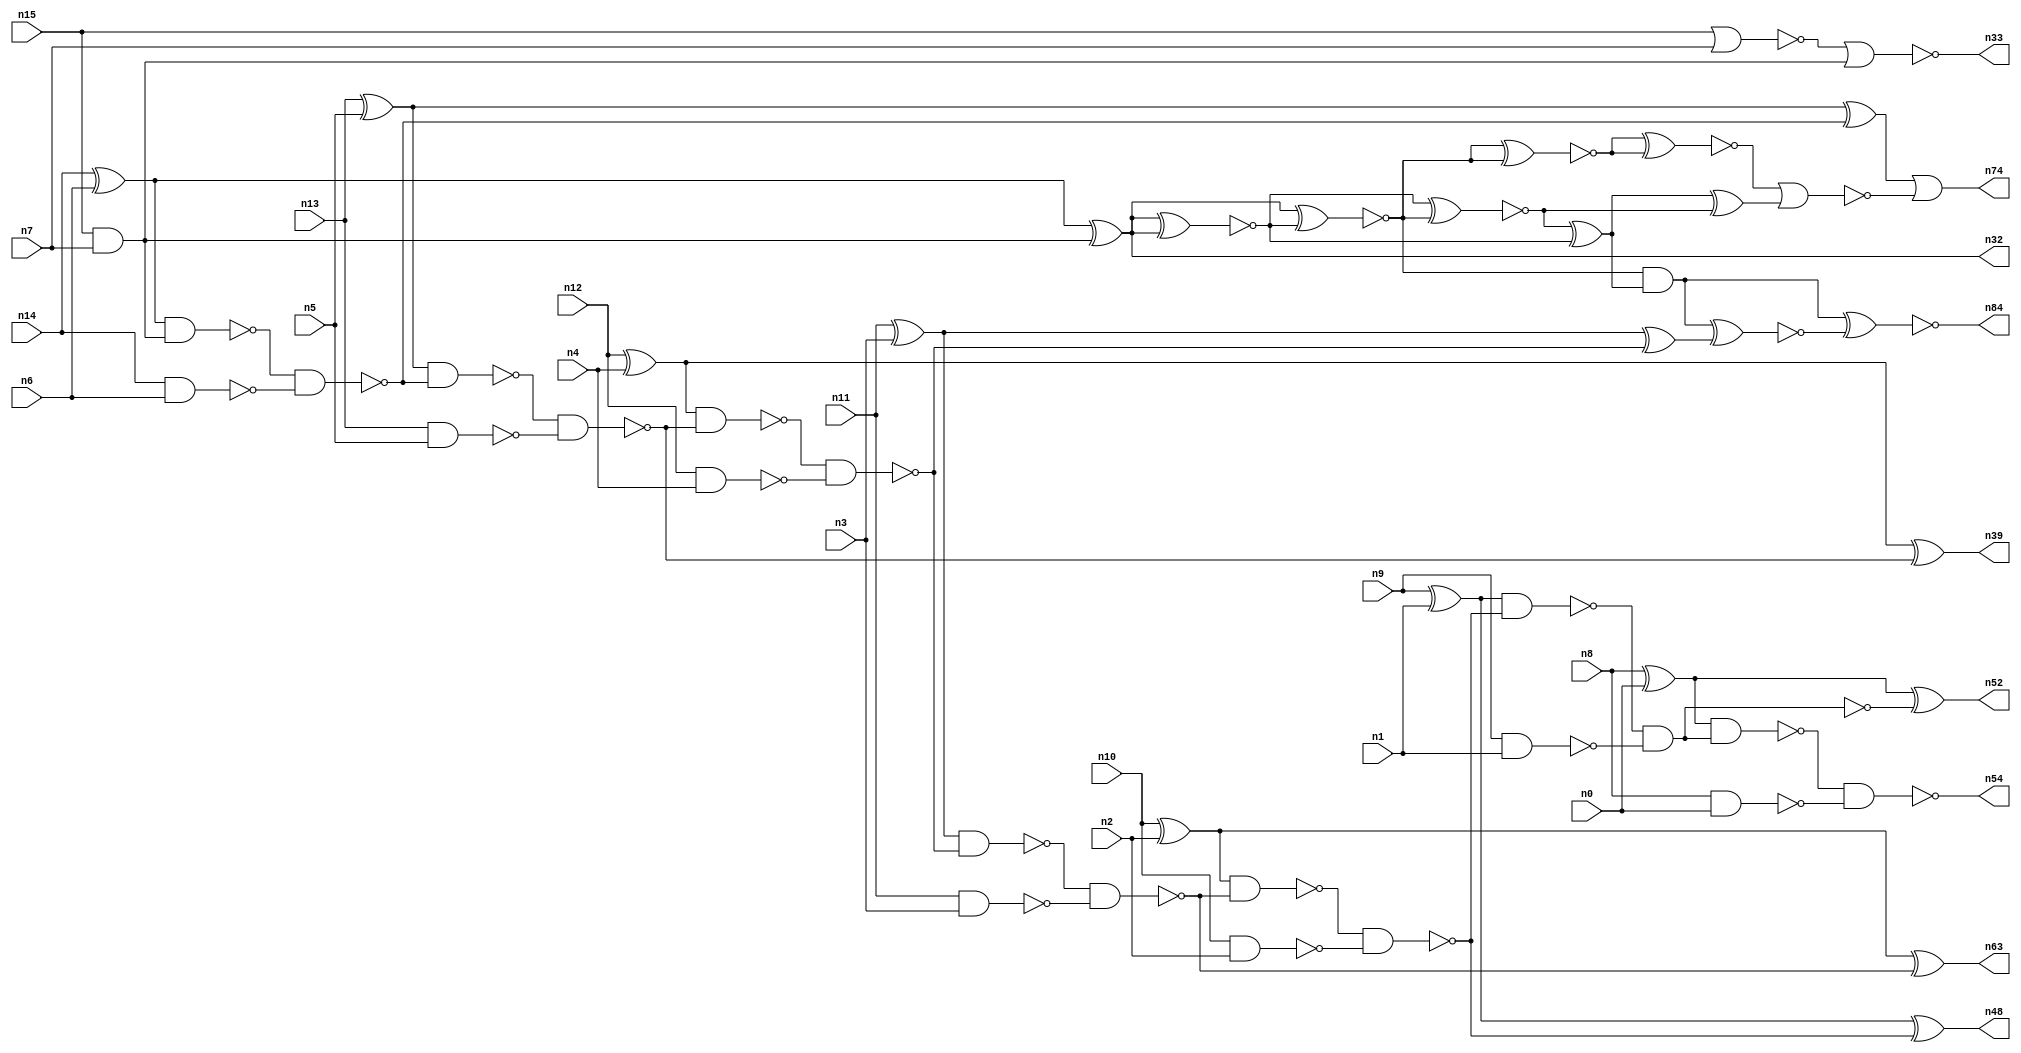
// This file contains a pareto-optimal circuit with respect to pdp and the fault-resilince parameter p_fault which is defined as:
// "For all input vectors, the ratio of the no. of faults observable at the POs to the no. of total possible faults in the circuit".
// This code is part of the ReCkt library (https://github.com/umar-afzaal/ReCkt) distributed under The MIT License.
// When used, please cite the following article(s):
// U. Afzaal, A.S. Hassan, M. Usman and J.A. Lee, "On the Evolutionary Synthesis of Increased Fault-resilience Arithmetic Circuits".

// p_fault = 76.0 %    (Lower is better)
// gates = 55.0
// levels = 15
// area = 78.92    (For MCNC library relative to nand2)
// power = 377.6 uW    (Berkely-SIS for MCNC library @ Vdd=5V and 20 MHz clock)
// delay = 18.1 ns    (Berkely-ABC for MCNC library)
// PDP = 6.83456e-12 J

// Pin mapping:
// {n0, n1, n2, n3, n4, n5, n6, n7} = A[7:0]
// {n8, n9, n10, n11, n12, n13, n14, n15} = B[7:0]
// {n54, n52, n48, n63, n84, n39, n74, n32, n33} = O[8:0]

module addr8s_pdp_41 (
n0, n1, n2, n3, n4, n5, n6, n7, n8, n9, n10, n11, n12, n13, n14, n15, 
n54, n52, n48, n63, n84, n39, n74, n32, n33
);

input n0, n1, n2, n3, n4, n5, n6, n7, n8, n9, n10, n11, n12, n13, n14, n15;
output n54, n52, n48, n63, n84, n39, n74, n32, n33;
wire n22, n42, n28, n21, n49, n30, n16, n27, n24, n45, n56, n66, n20, n53, n64, n18, n67, n55, n51, n83, 
n73, n31, n25, n58, n41, n26, n37, n35, n29, n17, n38, n19, n34, n43, n61, n62, n50, n46, n47, n59, 
n23, n40, n36, n57, n60, n44;

xor (n16, n14, n6);
xor (n17, n8, n0);
xor (n18, n13, n5);
xor (n19, n10, n2);
nand (n20, n14, n6);
and (n21, n15, n7);
nand (n22, n13, n5);
nand (n23, n12, n4);
xor (n24, n12, n4);
nor (n25, n15, n7);
nand (n26, n9, n1);
nand (n27, n10, n2);
nand (n28, n8, n0);
xor (n29, n11, n3);
nand (n30, n11, n3);
xor (n31, n9, n1);
xor (n32, n16, n21);
nor (n33, n25, n21);
nand (n34, n16, n21);
nand (n35, n34, n20);
xor (n36, n18, n35);
nand (n37, n18, n35);
nand (n38, n37, n22);
xor (n39, n24, n38);
nand (n40, n24, n38);
nand (n41, n40, n23);
xor (n42, n29, n41);
nand (n43, n29, n41);
nand (n44, n43, n30);
nand (n45, n19, n44);
xor (n46, n19, n44);
nand (n47, n45, n27);
xor (n48, n31, n47);
nand (n49, n31, n47);
and (n50, n49, n26);
nand (n51, n49, n26);
xor (n52, n17, n51);
nand (n53, n17, n50);
nand (n54, n53, n28);
xnor (n55, n32, n32);
xnor (n56, n32, n32);
xnor (n57, n32, n56);
xnor (n58, n55, n57);
xor (n59, n58, n56);
and (n60, n57, n59);
xnor (n61, n32, n55);
xor (n62, n59, n58);
and (n63, n46, n46);
and (n64, n42, n42);
xnor (n66, n61, n61);
xnor (n67, n66, n66);
nor (n73, n67, n62);
or (n74, n36, n73);
xnor (n83, n60, n64);
xnor (n84, n60, n83);

endmodule